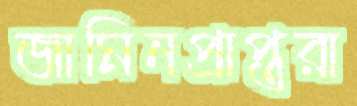
জামিনপ্রাপ্তরা